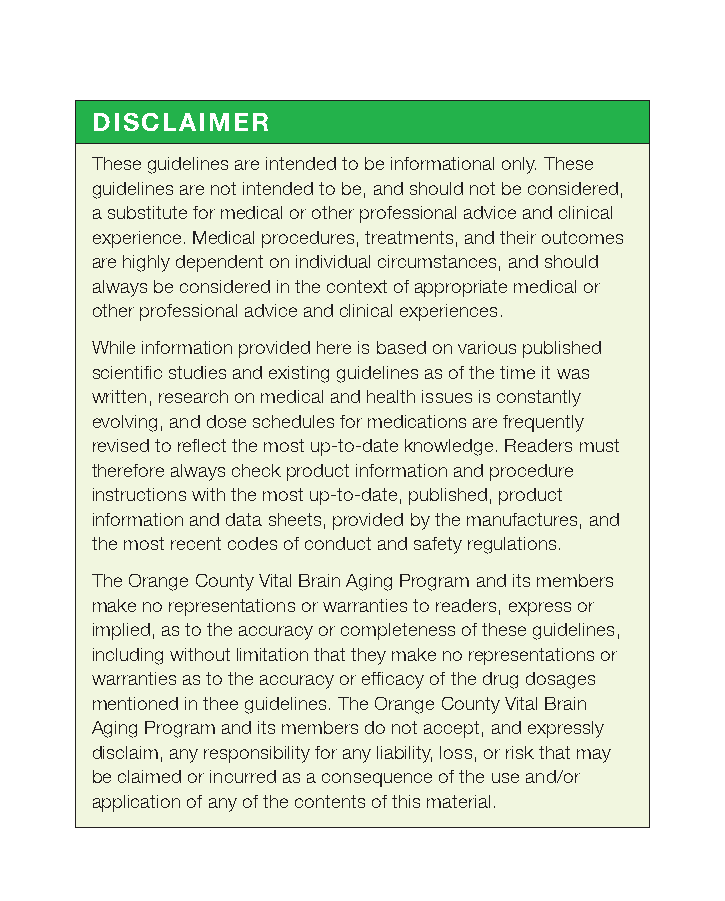
DISCLAIMER
 These guidelines are intended to be informational only. These
 guidelines are not intended to be, and should not be considered,
 a substitute for medical or other professional advice and clinical
 experience. Medical procedures, treatments, and their outcomes
 are highly dependent on individual circumstances, and should
 always be considered in the context of appropriate medical or
 other professional advice and clinical experiences.
 While information provided here is based on various published
 scientific studies and existing guidelines as of the time it was
 written, research on medical and health issues is constantly
 evolving, and dose schedules for medications are frequently
 revised to reflect the most up-to-date knowledge. Readers must
 therefore always check product information and procedure
 instructions with the most up-to-date, published, product
 information and data sheets, provided by the manufactures, and
 the most recent codes of conduct and safety regulations.
 The Orange County Vital Brain Aging Program and its members
 make no representations or warranties to readers, express or
 implied, as to the accuracy or completeness of these guidelines,
 including without limitation that they make no representations or
 warranties as to the accuracy or efficacy of the drug dosages
 mentioned in thee guidelines. The Orange County Vital Brain
 Aging Program and its members do not accept, and expressly
 disclaim, any responsibility for any liability, loss, or risk that may
 be claimed or incurred as a consequence of the use and/or
 application of any of the contents of this material.